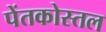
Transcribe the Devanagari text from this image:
पेंतकोस्तल